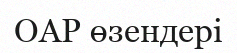
ОАР өзендері